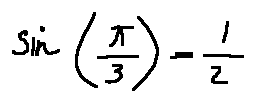
\sin ( \frac { \pi } { 3 } ) = \frac { 1 } { 2 }